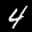
Label: 4